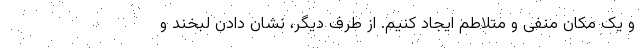
و یک مکان منفی و متلاطم ایجاد کنیم. از طرف دیگر، نشان دادن لبخند و